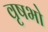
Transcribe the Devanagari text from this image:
वृषभो